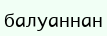
балуаннан